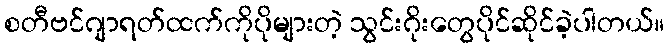
စတီဗင်ဂျာရတ်ထက်ကိုပိုများတဲ့ သွင်းဂိုးတွေပိုင်ဆိုင်ခဲ့ပါတယ်။